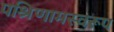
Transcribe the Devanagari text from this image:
पश्रिणामस्वरूप